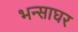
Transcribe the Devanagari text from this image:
भन्साघर